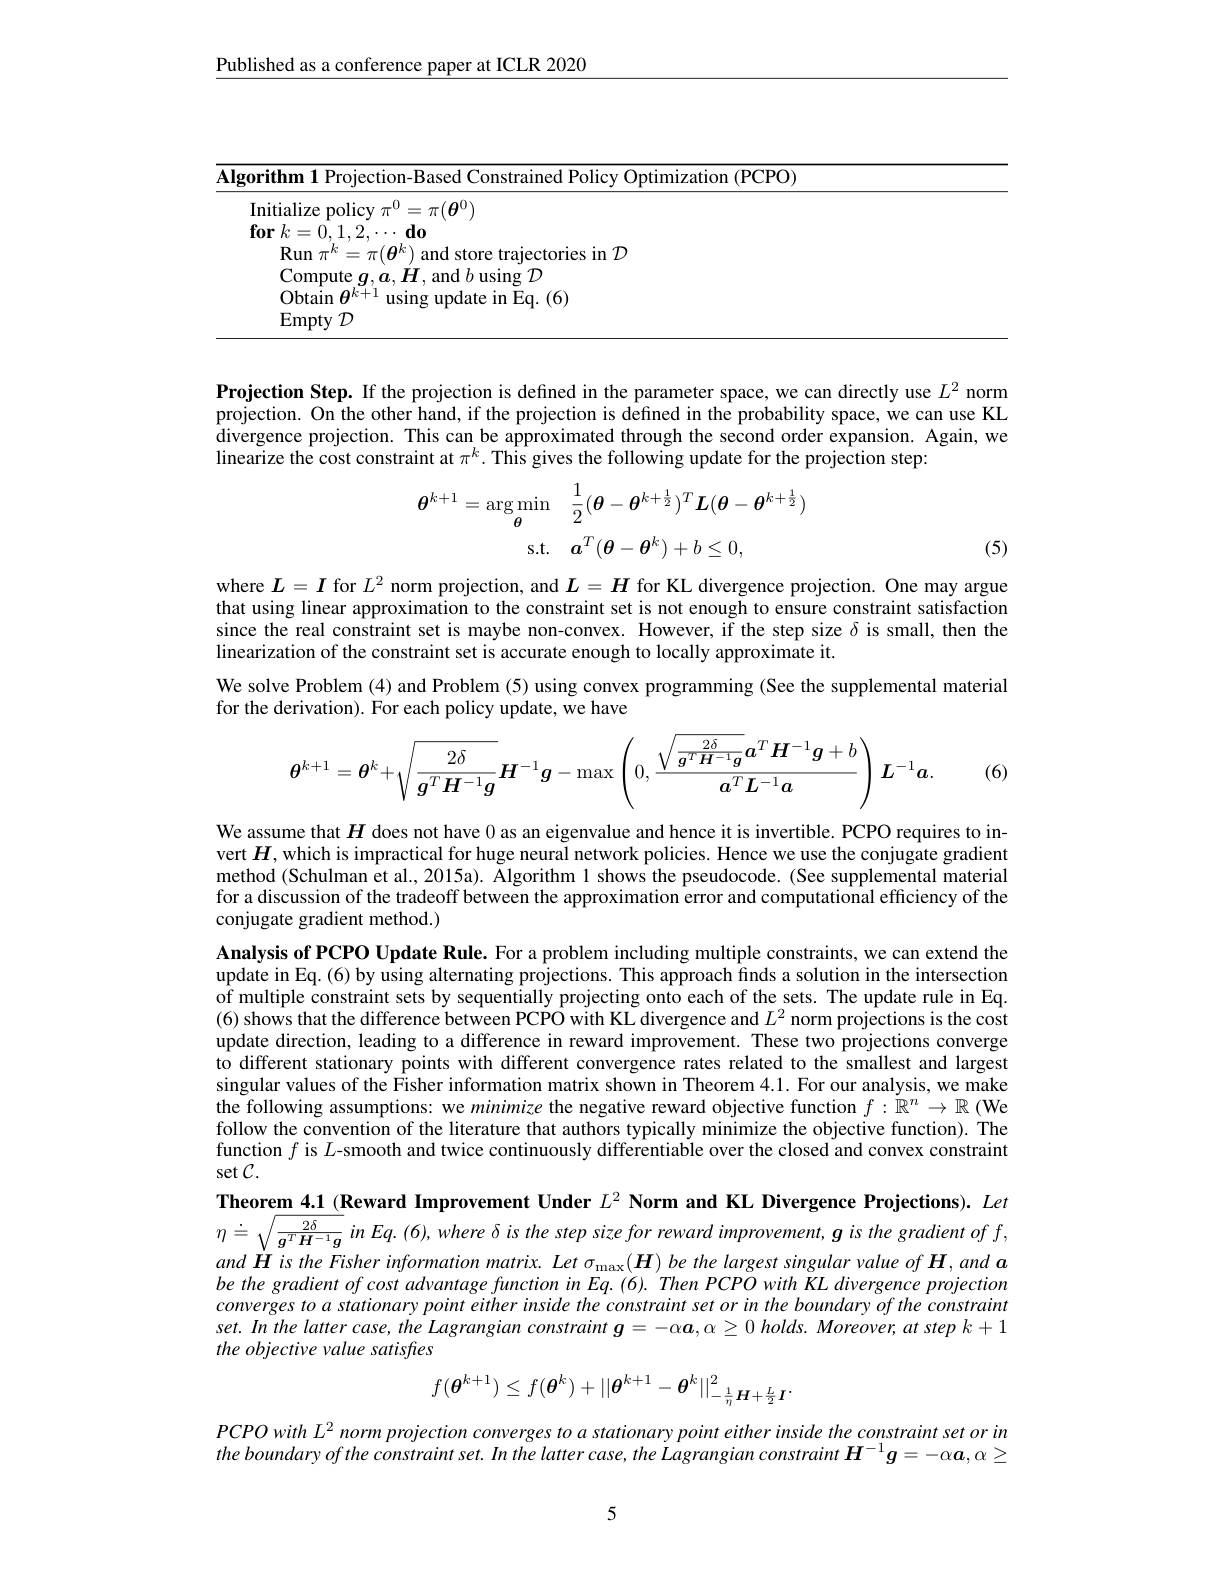
Published as a conference paper at ICLR 2020

<table>
	<tbody>
		<tr>
			<td>$\overline{\mathbf{AIg}}$</td>
			<td>lgorithm I Prolectio Optimization ( PCPO) </td>
			<td>on- Rased( Optimization ( PCPO) </td>
		</tr>
		<tr>
			<td> </td>
			<td>Initialize policy $\pi^0=\pi(\boldsymbol{\theta}^0)$ $\mathbf{for}$ $k= 0. 1. 2. \cdots \mathbf{do}$</td>
			<td>$\pi^{0}=\pi(\boldsymbol{\theta}^{0})$ $d_{0}$ $\therefore$</td>
		</tr>
		<tr>
			<td> </td>
			<td>$\mathbb{R}_{11}$n store trajectories in $\mathcal{D}$</td>
			<td>$\rho k$ ) and store trajectories in $\mathcal{D}$</td>
		</tr>
		<tr>
			<td> </td>
			<td> and $b$ using $\mathcal{D}$</td>
			<td>and $b$ using $\mathcal{D}$</td>
		</tr>
		<tr>
			<td> </td>
			<td>0htain update in Eq. (6)</td>
			<td>lisino ll date in Eq. ( 6) </td>
		</tr>
		<tr>
			<td> </td>
			<td>$\operatorname{Empty}\mathcal{D}$</td>
			<td> </td>
		</tr>
	</tbody>
</table>

Projection Step. If the projection is defined in the parameter space, we can directly use $L^2$ norm projection. On the other hand, if the projection is defined in the probability space, we can use KL divergence projection. This can be approximated through the second order expansion. Again, we linearize the cost constraint at $\pi^k.$ This gives the following update for the projection step:
$$\begin{aligned}\boldsymbol{\theta}^{k+1}=\arg\min_{\boldsymbol{\theta}}&\frac{1}{2}(\boldsymbol{\theta}-\boldsymbol{\theta}^{k+\frac{1}{2}})^{T}\boldsymbol{L}(\boldsymbol{\theta}-\boldsymbol{\theta}^{k+\frac{1}{2}})\\\mathrm{s.t.}&\boldsymbol{a}^{T}(\boldsymbol{\theta}-\boldsymbol{\theta}^{k})+b\leq0,\end{aligned}$$
(5)

where $L=I$ for $L^2$ norm projection, and $L=H$ for KL divergence projection. One may argue that using linear approximation to the constraint set is not enough to ensure constraint satisfaction since the real constraint set is maybe non-convex. However, if the step size $\delta$ is small, then the linearization of the constraint set is accurate enough to locally approximate it.
We solve Problem (4) and Problem (5) using convex programming (See the supplemental material
for the derivation). For each policy update, we have
$$\theta^{k+1}=\theta^k+\sqrt{\frac{2\delta}{g^TH^{-1}g}}H^{-1}g-\max\left(0,\frac{\sqrt{\frac{2\delta}{g^TH^{-1}g}}\boldsymbol{a}^T\boldsymbol{H}^{-1}\boldsymbol{g}+b}{\boldsymbol{a}^T\boldsymbol{L}^{-1}\boldsymbol{a}}\right)\boldsymbol{L}^{-1}\boldsymbol{a}.$$
(6)

We assume that $H$ does not have 0 as an eigenvalue and hence it is invertible. PCPO requires to invert $H$, which is impractical for huge neural network policies. Hence we use the conjugate gradient method (Schulman et al., 2015a). Algorithm 1 shows the pseudocode. (See supplemental material for a discussion of the tradeoff between the approximation error and computational efficiency of the conjugate gradient method.)

Analysis of PCPO Update Rule. For a problem including multiple constraints, we can extend the update in Eq.(6) by using alternating projections. This approach finds a solution in the intersection of multiple constraint sets by sequentially projecting onto each of the sets. The update rule in Eq. (6) shows that the difference between PCPO with KL divergence and $L^2$ norm projections is the cost update direction, leading to a difference in reward improvement. These two projections converge to different stationary points with different convergence rates related to the smallest and largest singular values of the Fisher information matrix shown in Theorem 4.1. For our analysis, we make the following assumptions: we minimize the negative reward objective function $f:\tilde{\mathbb{R}}^n\to\mathbb{R}$ (We follow the convention of the literature that authors typically minimize the objective function). The function $f$ is $L$-smooth and twice continuously differentiable over the closed and convex constraint $\sec{\mathcal{C}}.$

Theorem 4.1 (Reward Improvement Under $L^2\textbf{Norm and KL Divergence Projections}) . \textit{ Let}$

$\eta\doteq\sqrt{\frac{2\delta}{\boldsymbol{g}^{T}\boldsymbol{H}^{-1}\boldsymbol{g}}}$ in E$q.(6),where\delta is$ the step size for reward improvement, $\boldsymbol g$ is the gradient of $f$, and $\dot{\boldsymbol{H}}$ is the Fisher information matrix. Let $\sigma_\mathrm{max}(\boldsymbol{H})$ be the largest singular value of H, and $\boldsymbol{a}$ be the gradient of cost advantage function in Eq.(6). Then PCPO with KL divergence projection converges to a stationary point either inside the constraint set or in the boundary of the constraint set. In the latter case, the Lagrangian constraint $\boldsymbol{g}=-\alpha\boldsymbol{a},\alpha\geq0$ holds. Moreover, at step $k+1$ the objective value satisfies
$$f(\boldsymbol{\theta}^{k+1})\leq f(\boldsymbol{\theta}^k)+||\boldsymbol{\theta}^{k+1}-\boldsymbol{\theta}^k||_{-\frac{1}{\eta}\boldsymbol{H}+\frac{L}{2}\boldsymbol{I}}^2.$$
$PCPOwithL^{2}$ norm projection converges to a stationary point either inside the constraint set or in the boundary ofthe constraint set. In the latter case, the Lagrangian constraint $\boldsymbol{H}^{-1}\boldsymbol{g}=-\alpha\boldsymbol{a},\alpha\geq$

5